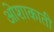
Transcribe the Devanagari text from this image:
ओशाकाती